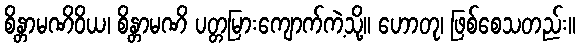
စိန္တာမဏိဝိယ၊ စိန္တာမဏိ ပတ္တမြားကျောက်ကဲ့သို့။ ဟောတု၊ ဖြစ်စေသတည်း။